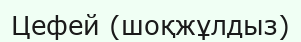
Цефей (шоқжұлдыз)